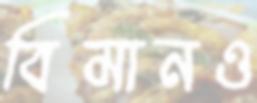
বিমানও